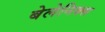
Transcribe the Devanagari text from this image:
बेलेनिक्स